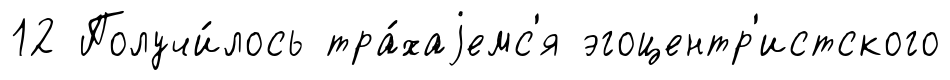
12 Получи́лось тра́хаjемс'я эгоцентр'истского